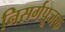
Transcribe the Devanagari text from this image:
निसर्गपूजक